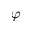
\varphi